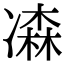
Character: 𠘆